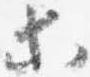
等